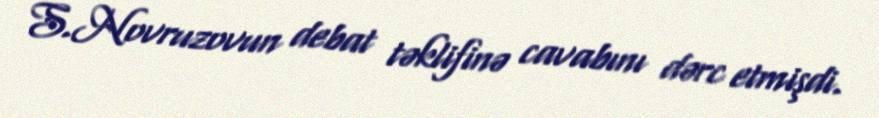
S.Novruzovun debat təklifinə cavabını dərc etmişdi.